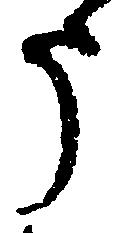
う